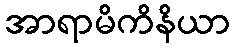
အာရာမိကိနိယာ